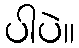
ပါပဲ။